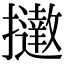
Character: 𢹗